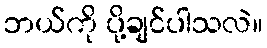
ဘယ်ကို ပို့ချင်ပါသလဲ။